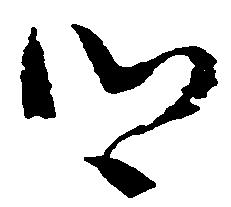
郷